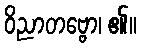
ဝိညာတဗ္ဗော၊ ၏။